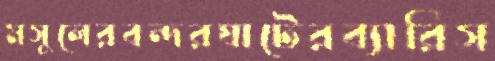
মসুলেরবন্দরঘাটেরব্যারিস